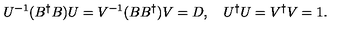
U ^ { - 1 } ( B ^ { \dagger } B ) U = V ^ { - 1 } ( B B ^ { \dagger } ) V = D , \quad U ^ { \dagger } U = V ^ { \dagger } V = 1 .